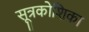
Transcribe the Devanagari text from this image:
सूत्रकोशिका